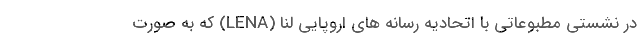
در نشستی مطبوعاتی با اتحادیه رسانه های اروپایی لِنا (LENA) که به صورت